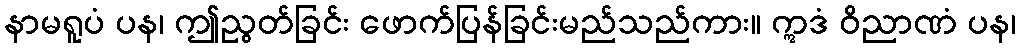
နာမရူပံ ပန၊ ဤညွတ်ခြင်း ဖောက်ပြန်ခြင်းမည်သည်ကား။ ဣဒံ ဝိညာဏံ ပန၊